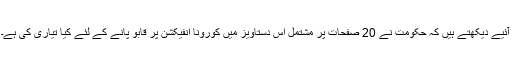
آئیے دیکھتے ہیں کہ حکومت نے 20 صفحات پر مشتمل اس دستاویز میں کورونا انفیکشن پر قابو پانے کے لئے کیا تیاری کی ہے۔